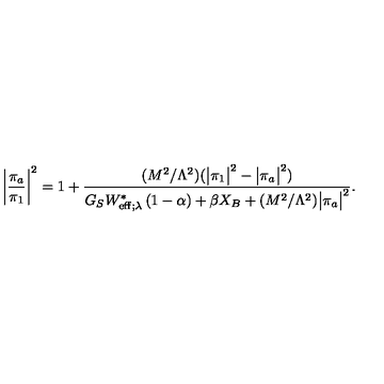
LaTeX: \bigg | \frac { \pi _ { a } } { \pi _ { 1 } } \bigg | ^ { 2 } = 1 + \frac { ( M ^ { 2 } / \Lambda ^ { 2 } ) ( \big | \pi _ { 1 } \big | ^ { 2 } - \big | \pi _ { a } \big | ^ { 2 } ) } { G _ { S } W _ { \mathrm { e f f } ; \lambda } ^ { \ast } \left( 1 - \alpha \right) + \beta X _ { B } + ( M ^ { 2 } / \Lambda ^ { 2 } ) \big | \pi _ { a } \big | ^ { 2 } } .